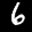
Label: 6